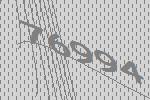
76994